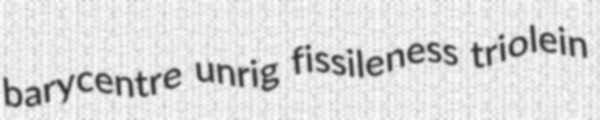
barycentre unrig fissileness triolein